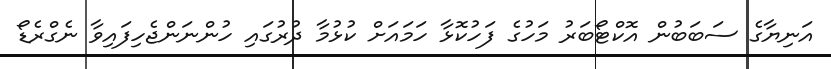
އަނިޔާގެ ސަބަބުން އޮކްޓޯބަރު މަހުގެ ފަހުކޮޅާ ހަމައަށް ކުޅުމާ ދުރުގައި ހުންނަންޖެހިފައިވާ ނެގްރެޑޯ